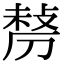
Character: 𠞲